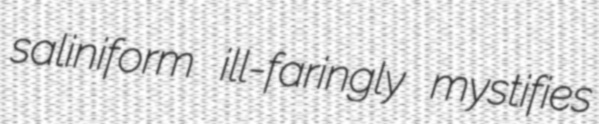
saliniform ill-faringly mystifies